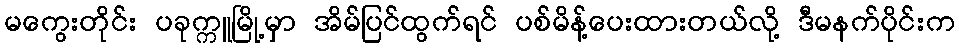
မကွေးတိုင်း ပခုက္ကူမြို့မှာ အိမ်ပြင်ထွက်ရင် ပစ်မိန့်ပေးထားတယ်လို့ ဒီမနက်ပိုင်းက